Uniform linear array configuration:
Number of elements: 64
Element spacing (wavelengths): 1
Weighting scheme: binomial
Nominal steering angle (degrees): -60
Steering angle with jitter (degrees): -59.401
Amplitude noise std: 0.05
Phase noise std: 0.05

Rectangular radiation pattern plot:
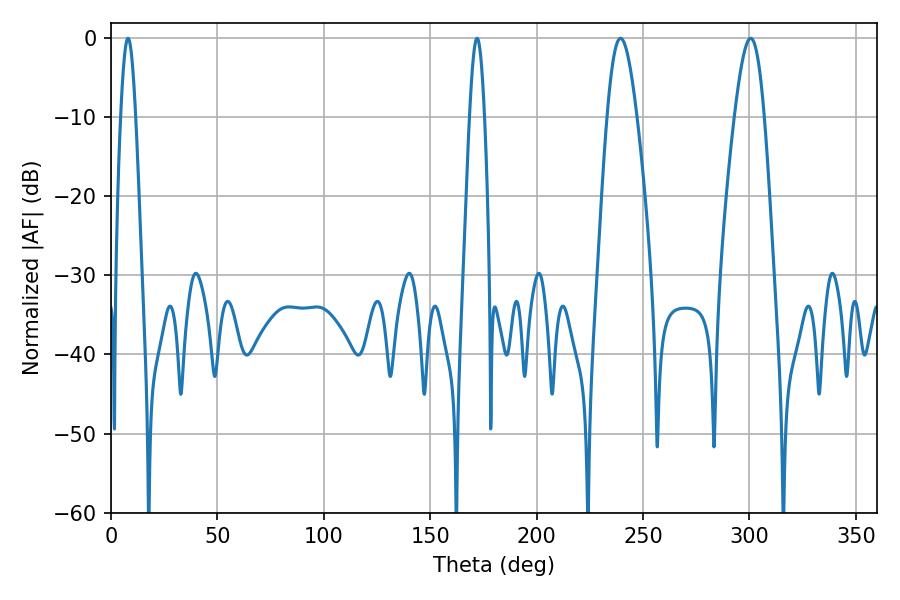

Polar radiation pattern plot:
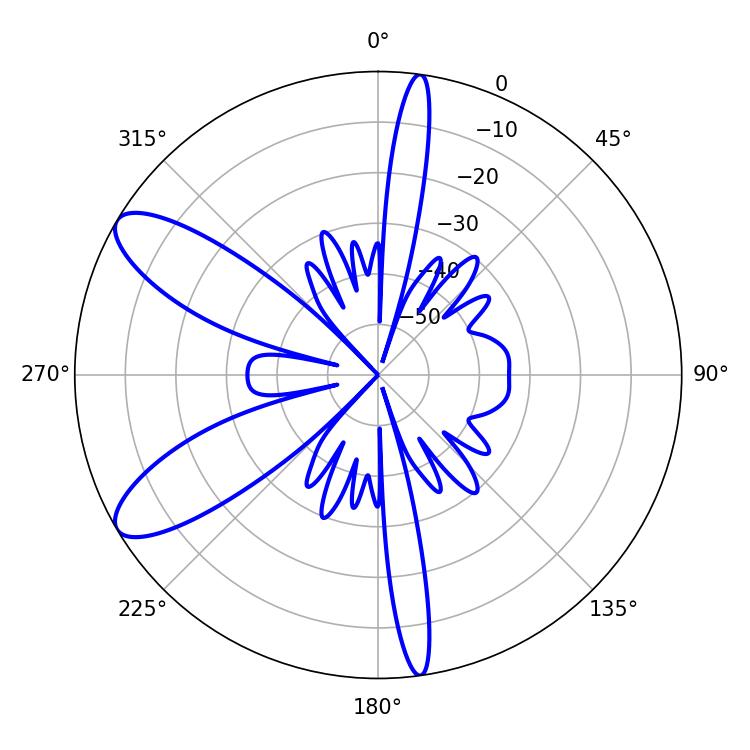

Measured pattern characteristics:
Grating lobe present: TRUE
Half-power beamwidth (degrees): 7.38
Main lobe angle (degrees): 239.4